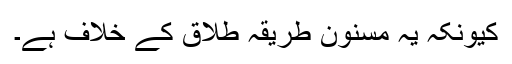
کیونکہ یہ مسنون طریقہ طلاق کے خلاف ہے۔